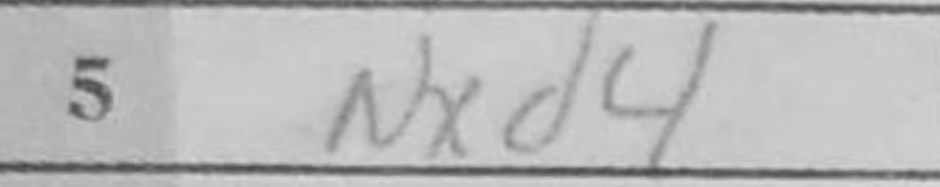
Transcription: Nxd4